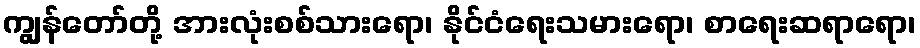
ကျွန်တော်တို့ အားလုံးစစ်သားရော၊ နိုင်ငံရေးသမားရော၊ စာရေးဆရာရော၊